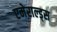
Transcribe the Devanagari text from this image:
एमेराल्ड्स